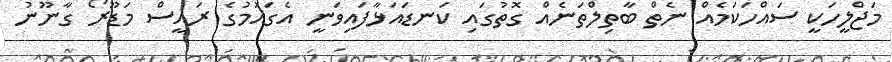
މަޖްލީހަކީ ސައްހަކަމެއް ނެތް ބާތިލްތަނެއް ގޮތުގައި ކަނޑައަޅާފައިވަނީ އެގައުމުގެ ރައީސް މަޑޫރޯ ގާނޫނު